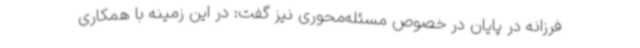
فرزانه در پایان در خصوص مسئله‌محوری نیز گفت: در این زمینه با همکاری